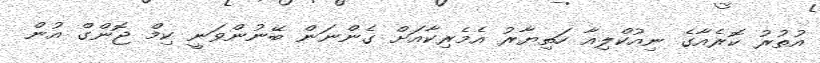
އުތުރު ކޮރެއާގެ ނިއުކްލިއާ ހަތިޔާރު އެމެރިކާއަށް ގެންނަން ބޭނުންވަނީ ކިމް ޖޮންގް އުން